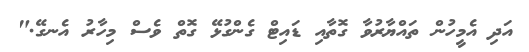
އަދި އެމީހުން ތައްޔާރުވާ ގޮތާއި ޑައިޓް ގެންގުޅޭ ގޮތް ވެސް މިހާރު އެނގޭ."